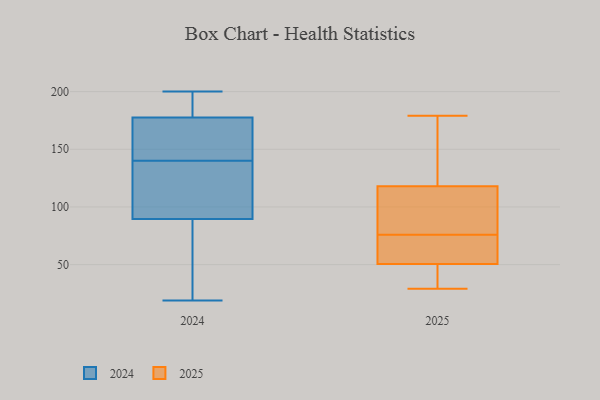
{"axis": {"x": "Active Users", "y": "Value"}, "legend": ["2024", "2025"], "data": [{"x": "", "y": 60, "type": "2025"}, {"x": "", "y": 92, "type": "2025"}, {"x": "", "y": 117, "type": "2025"}, {"x": "", "y": 43, "type": "2025"}, {"x": "", "y": 119, "type": "2025"}, {"x": "", "y": 58, "type": "2025"}, {"x": "", "y": 108, "type": "2025"}, {"x": "", "y": 142, "type": "2025"}, {"x": "", "y": 43, "type": "2025"}, {"x": "", "y": 29, "type": "2025"}, {"x": "", "y": 179, "type": "2025"}, {"x": "", "y": 60, "type": "2025"}, {"x": "", "y": 167, "type": "2024"}, {"x": "", "y": 140, "type": "2024"}, {"x": "", "y": 135, "type": "2024"}, {"x": "", "y": 179, "type": "2024"}, {"x": "", "y": 94, "type": "2024"}, {"x": "", "y": 173, "type": "2024"}, {"x": "", "y": 84, "type": "2024"}, {"x": "", "y": 200, "type": "2024"}, {"x": "", "y": 60, "type": "2024"}, {"x": "", "y": 112, "type": "2024"}, {"x": "", "y": 140, "type": "2024"}, {"x": "", "y": 169, "type": "2024"}, {"x": "", "y": 88, "type": "2024"}, {"x": "", "y": 183, "type": "2024"}, {"x": "", "y": 19, "type": "2024"}, {"x": "", "y": 189, "type": "2024"}, {"x": "", "y": 119, "type": "2024"}, {"x": "", "y": 71, "type": "2024"}, {"x": "", "y": 188, "type": "2024"}]}